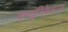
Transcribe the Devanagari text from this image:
कम्यूनिकेशन्ज़